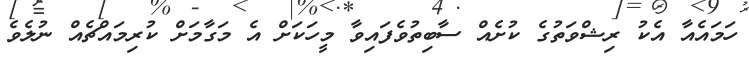
ހަމައެއާ އެކު ރިޝްވަތުގެ ކުށެއް ސާބިތުވެފައިވާ މީހަކަށް އެ މަގާމަށް ކުރިމައްޗެއް ނުލެވެ